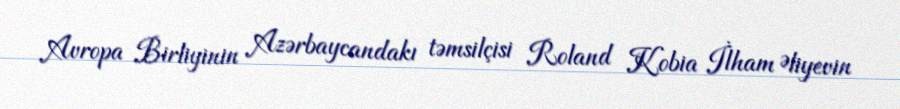
Avropa Birliyinin Azərbaycandakı təmsilçisi Roland Kobia İlham Əliyevin